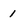
Character: 1